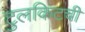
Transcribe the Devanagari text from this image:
टुलकिटची